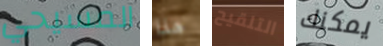
المسيحي هذا التلقيح يمكنك